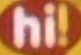
hi!